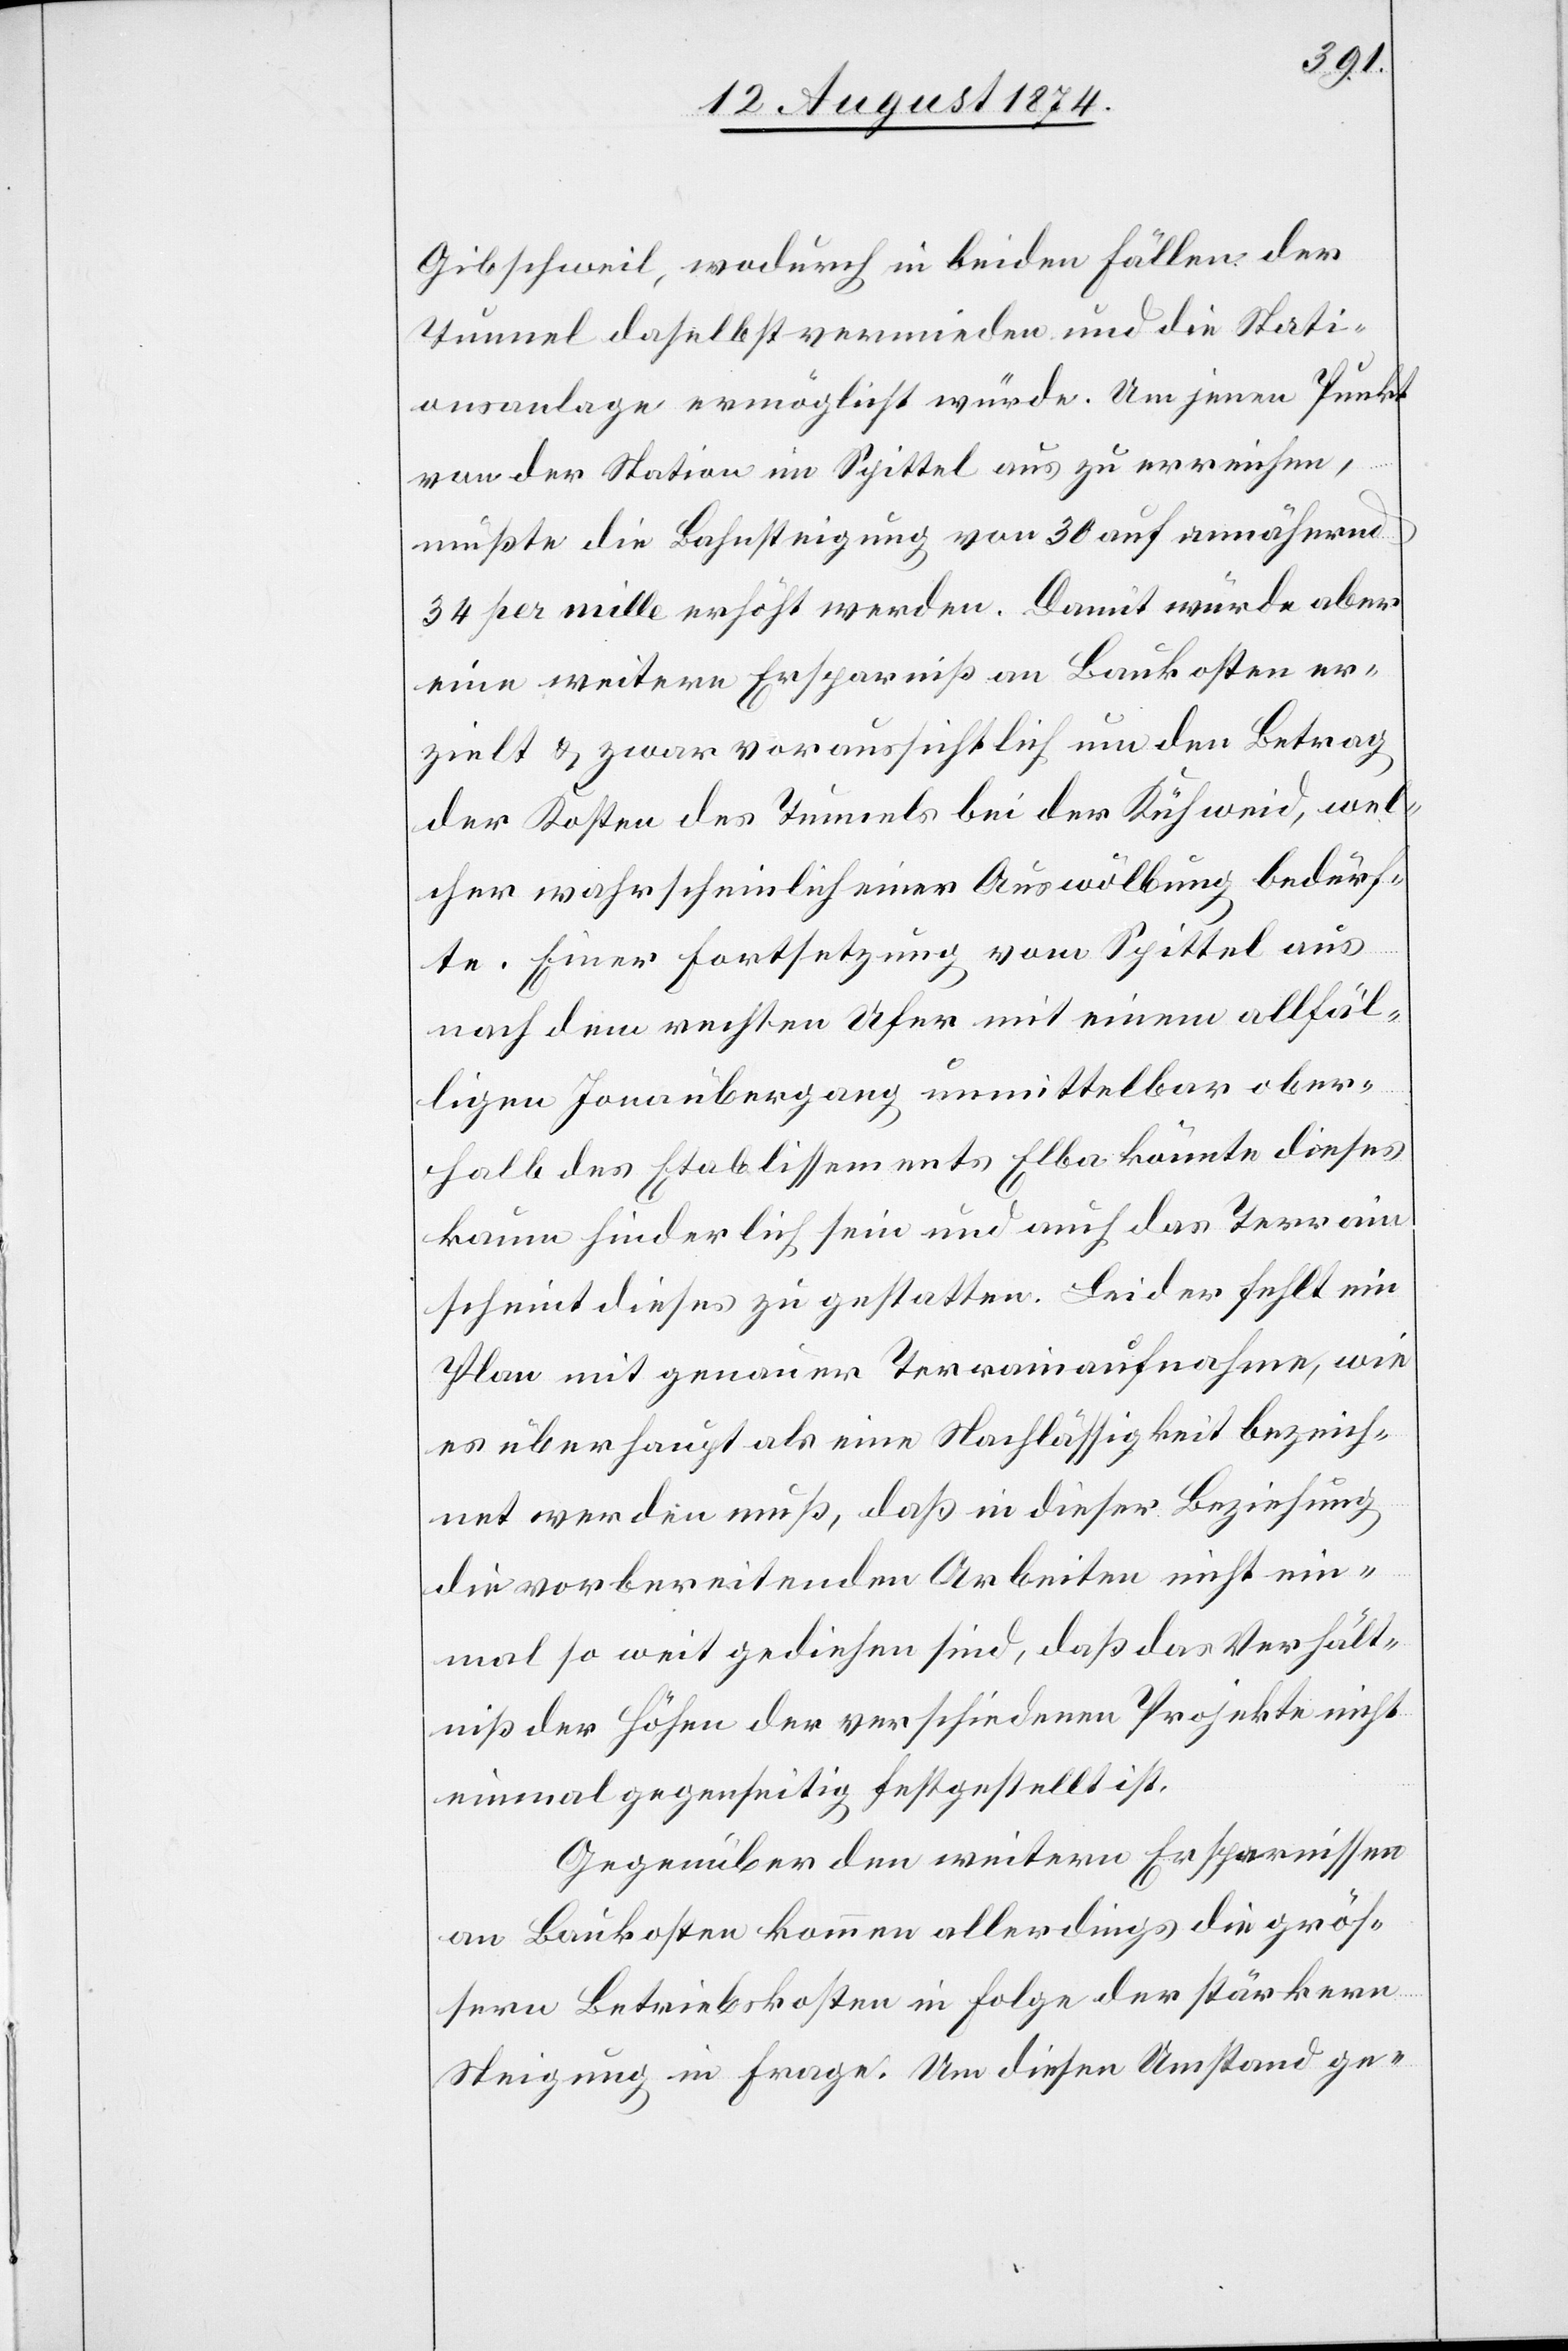
Gibschweil, wodurch in beiden Fällen der
Tunnel daselbst vermieden und die Stati¬
onsanlage ermöglicht würde. Um jenen Punkt
von der Station im Spittel aus zu erreichen,
müßte die Bahnsteigung von 30 auf annähernd
34 per mille erhöht werden. Damit würde aber
eine weitere Ersparniß an Baukosten er¬
zielt u. zwar voraussichtlich um den Betrag
der Kosten des Tunnels bei der Kühweid, wel¬
cher wahrscheinlich einer Auswölbung bedürf¬
te. Einer Fortsetzung vom Spittel aus
nach dem rechten Ufer mit einem allfäl¬
ligen Jonaübergang unmittelbar ober¬
halb des Etablissements Elba könnte dieses
kaum hinderlich sein und auch das Terrain
scheint dieses zu gestatten. Leider fehlt ein
Plan mit genauer Terrainaufnahme, wie
es überhaupt als eine Nachlässigkeit bezeich¬
net werden muß, daß in dieser Beziehung
die vorbereitenden Arbeiten nicht ein¬
mal so weit gediehen sind, daß das Verhält¬
niß der Höhen der verschiedenen Projekte nicht
einmal gegenseitig festgestellt ist.
Gegenüber den weitern Ersparnissen
an Baukosten kommen allerdings die größ¬
ern Betriebskosten in Folge der stärkern
Steigung in Frage. Um diesen Umstand ge-